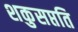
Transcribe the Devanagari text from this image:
शकुसप्तति